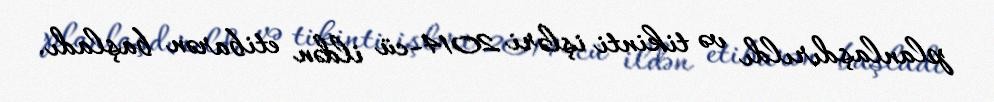
planlaşdırıldı və tikinti işləri 2014-cü ildən etibarən başladı.